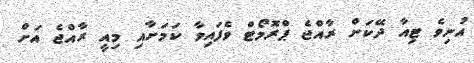
އުނިވެ ޓިއާ ދޭކަށް ރާއްޖެ ޕްރޮމޯޓް ވެފައިވާ ކަމަށާއި މިއީ ރާއްޖެ އަށް